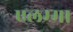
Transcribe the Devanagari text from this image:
एलम्‍मा